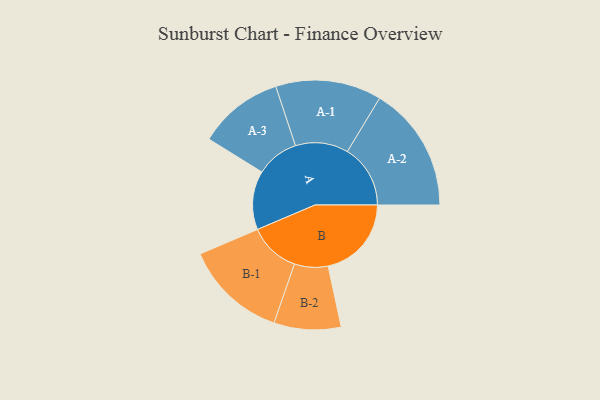
{"axis": {"x": "Segment", "y": "Value"}, "legend": ["", "A", "B"], "data": [{"x": "A", "y": 263, "type": ""}, {"x": "B", "y": 373, "type": ""}, {"x": "A-1", "y": 237, "type": "A"}, {"x": "A-2", "y": 282, "type": "A"}, {"x": "A-3", "y": 191, "type": "A"}, {"x": "B-1", "y": 229, "type": "B"}, {"x": "B-2", "y": 150, "type": "B"}]}